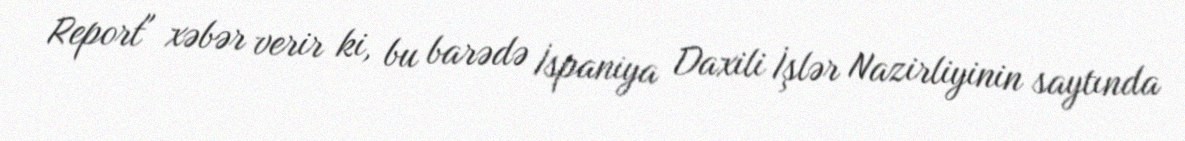
Report" xəbər verir ki, bu barədə İspaniya Daxili İşlər Nazirliyinin saytında